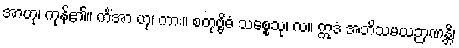
အာဟု၊ ကုန်၏။ ကိံအာ ဟု၊ ကား။ စတုဗ္ဗိဓံ သစ္စေသု၊ လ။ ဣဒံ အဘိသမယဉာဏန္တိ၊